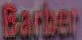
Barber